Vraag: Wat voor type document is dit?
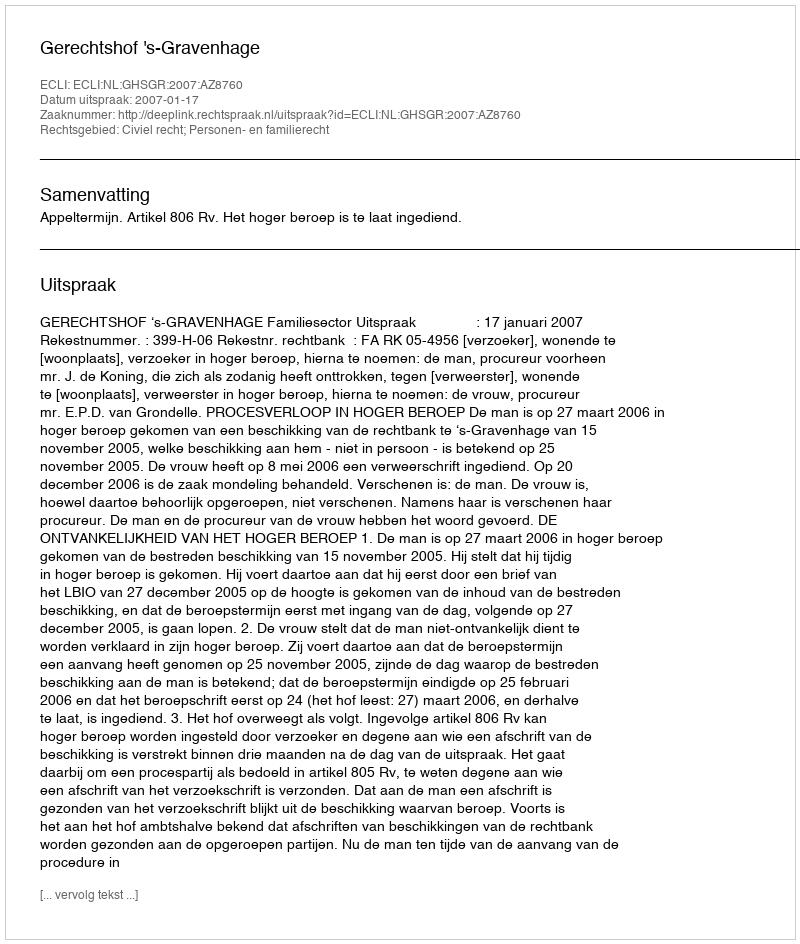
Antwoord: Uitspraak